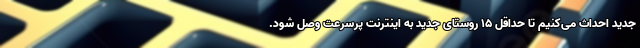
جدید احداث می‌کنیم تا حداقل ۱۵ روستای جدید به اینترنت پرسرعت وصل شود.